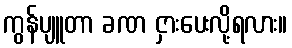
ကွန်ပျူတာ ခဏ ငှားပေးလို့ရလား။